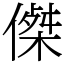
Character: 𠎀